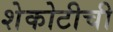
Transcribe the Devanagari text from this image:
शेकोटीची